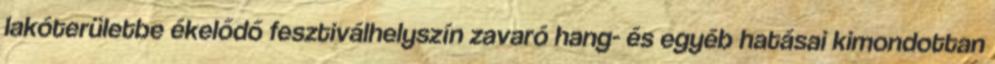
lakóterületbe ékelődő fesztiválhelyszín zavaró hang- és egyéb hatásai kimondottan